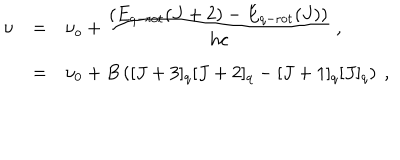
\begin{array} { r c l } { { \nu } } & { { = } } & { { \nu _ { o } + \frac { \displaystyle \left( E _ { q - \mathrm { r o t } } ( J + 2 ) - E _ { q - \mathrm { r o t } } ( J ) \right) } { \displaystyle h c } ~ , } } \\ { { } } & { { = } } & { { \nu _ { 0 } + B \left( [ J + 3 ] _ { q } [ J + 2 ] _ { q } - [ J + 1 ] _ { q } [ J ] _ { q } \right) ~ , } } \\ \end{array}